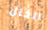
الخال